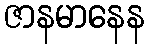
ဇာနမာနေန